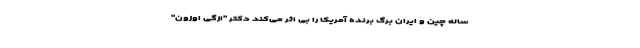
ساله چین و ایران برگ برنده آمریکا را بی اثر می‌کند دکتر "ازگی اوزون"